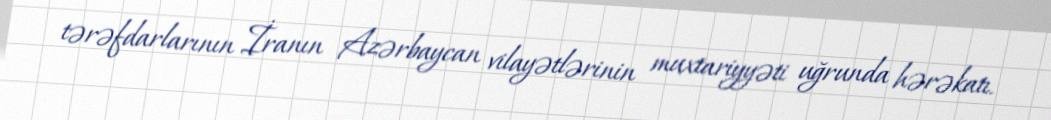
tərəfdarlarının İranın Azərbaycan vilayətlərinin muxtariyyəti uğrunda hərəkatı.